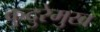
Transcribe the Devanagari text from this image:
कुदुरेमुख